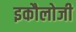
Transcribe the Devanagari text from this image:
इकौलोजी